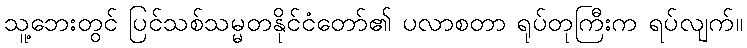
သူ့ဘေးတွင် ပြင်သစ်သမ္မတနိုင်ငံတော်၏ ပလာစတာ ရုပ်တုကြီးက ရပ်လျက်။